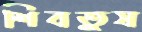
শিবতুষ